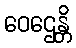
ဝေဌေန္တိ